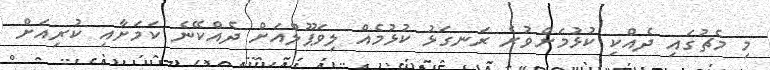
މި މެޗުގައި ދެއްކި ކުޅުމަށްވުރެ ރަނގަޅު ކުޅުމެއް ލިވަޕޫލްއަށް ދެއްކޭނެ ކަމަށާއި ކުރިއަށް